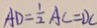
A D = \frac { 1 } { 2 } A C = D C